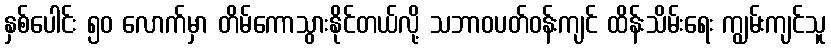
နှစ်ပေါင်း ၅၀ လောက်မှာ တိမ်ကောသွားနိုင်တယ်လို့ သဘာဝပတ်ဝန်းကျင် ထိန်းသိမ်းရေး ကျွမ်းကျင်သူ